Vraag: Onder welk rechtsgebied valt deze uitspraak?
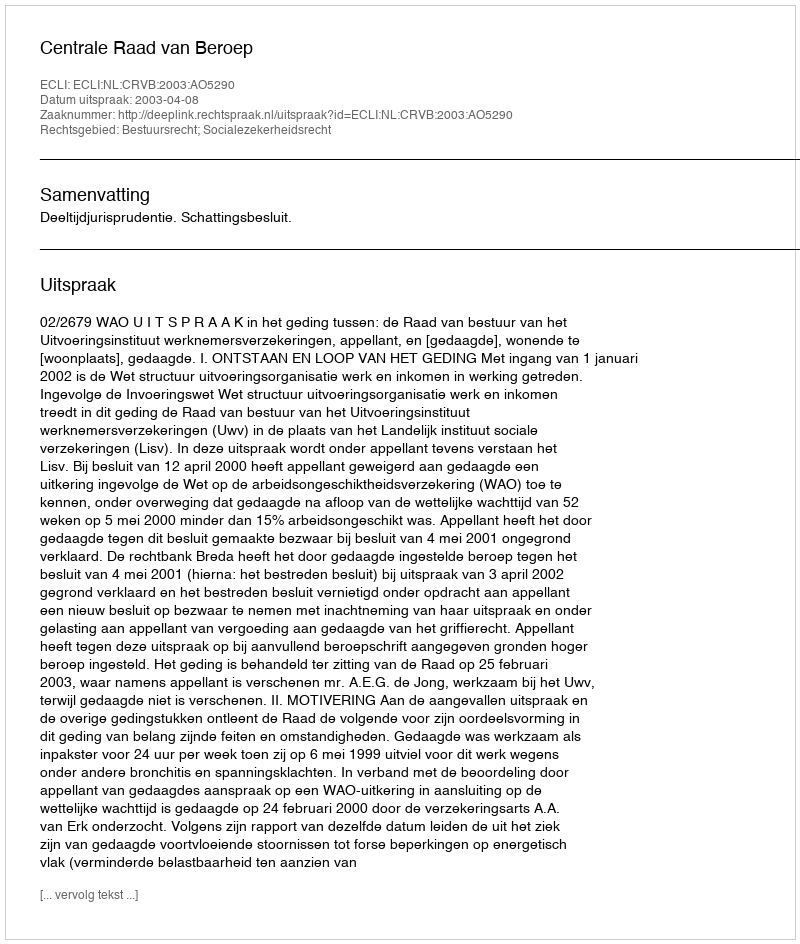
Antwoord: Bestuursrecht; Socialezekerheidsrecht